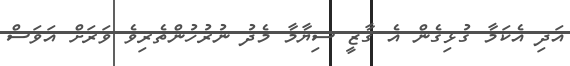
އަދި އެކަމާ ގުޅިގެން އެ ގާޒީ ސިޔާމާ މެދު ނުރުހުންތެރިވެ ވަރަށް އަވަސް